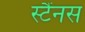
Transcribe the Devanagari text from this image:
स्टैंनस